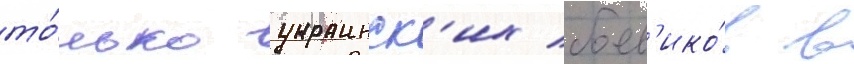
то́лько украинск'их боев'ико́в в